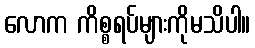
လောက ကိစ္စရပ်များကိုမသိပါ။